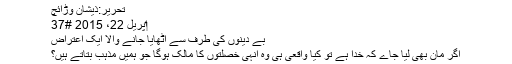
تحریر:ذیشان وڑائچ
‏اپریل 22، 2015 #37
بے دینوں کی طرف سے اُٹھایا جانے والا ایک اعتراض
اگر مان بھی لیا جاے کہ خدا ہے تو کیا واقعی ہی وہ انہی خصلتوں کا مالک ہوگا جو ہمیں مذہب بتاتے ہیں؟